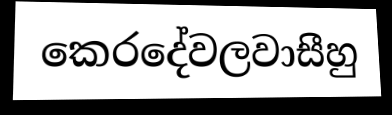
කෙරදේවලවාසීහු